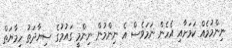
ނިންމުމެއް ކަމަށާއި އެހެން ނަމަވެސް އެ ނިންމުން ނިންމީ ގައުމުގެ ސިޔާދަތު ހިމާޔަތް